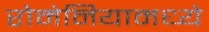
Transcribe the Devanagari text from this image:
रोमेनियामध्ये